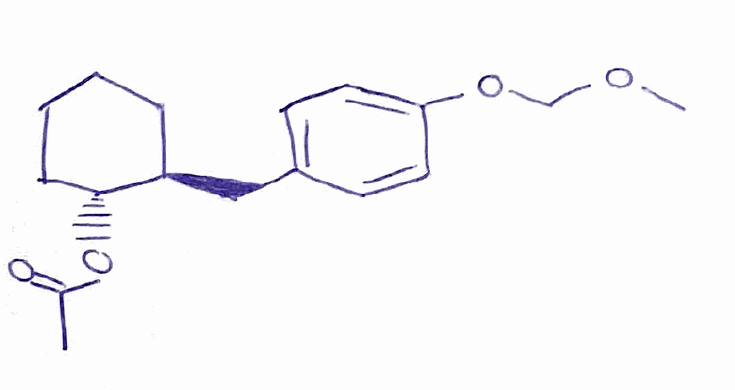
Simplified molecular-input line-entry system (SMILES) notation of the given molecule:
CC(=O)O[C@@H]1CCCC[C@H]1CC2=CC=C(C=C2)OCOC